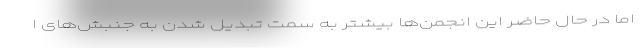
اما در حال حاضر این انجمن‌ها بیشتر به سمت تبدیل شدن به جنبش‌های ا